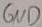
Text: GND